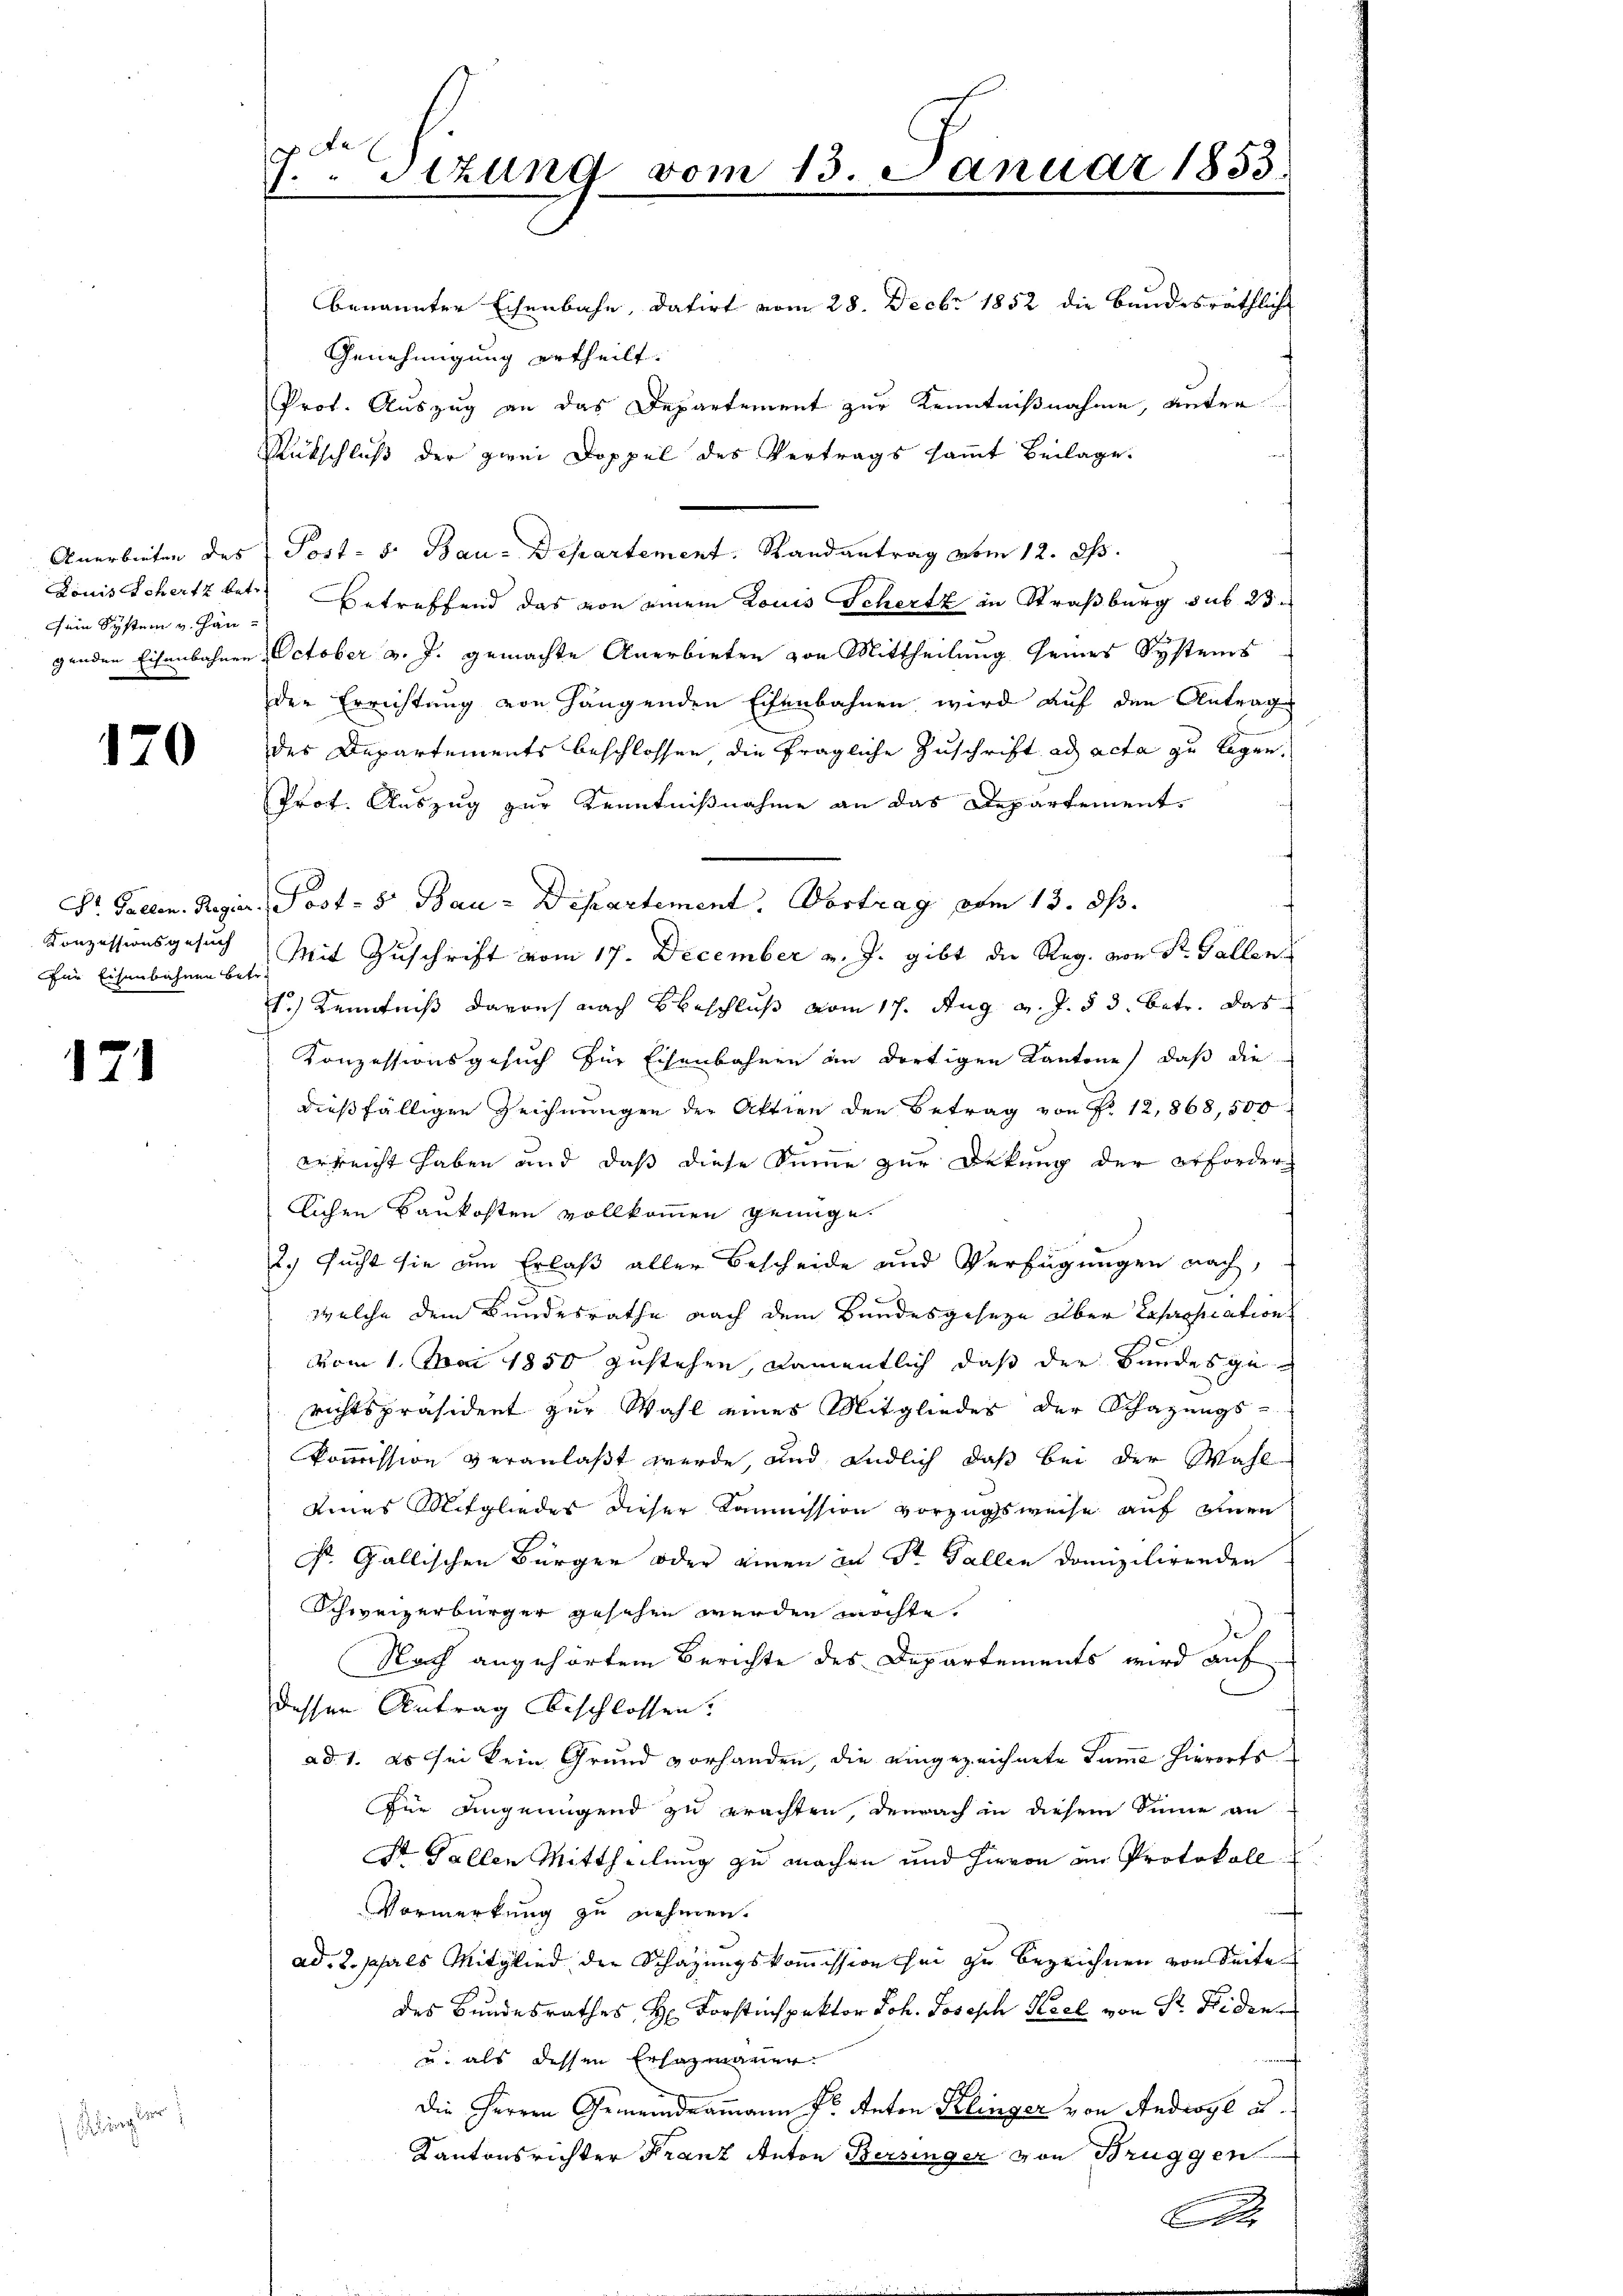
sein System v. Han¬

17

170

Für Eisenbahnen betr.

1

Aigler

7. Sizung vom 13. Januar 1853.

benannter Eisenbahn, datirt vom 28. Decbr 1852 die bundesräthliche
Genehmigung ertheilt.
Prot. Auszug an das Departement zur Kenntnißnahme, unter¬
Rutschluß der zwei Doppel des Vertrags sammt Beilage.
Anerbieten des Post- s. Bau-Departement. Randantrag vom 12. d.
Louis Schertz betr. betreffend das von einem Louis Schertz in Straßburg sub 25
genden Eisenbahnen October v. J. gemachte Anerbieten von Mittheilung seines Systems
der Errichtung von hängenden Eisenbahnen wird auf den Antrag
des Departements beschlossen die fragliche Zuschrift ad acta zu legen.
Prot. Auszug zur Kenntnißnahme an das Departement¬
Dr. Gallen. Regier Post- & Bau-Departement. Vortrag vom 13. ds.
Konzessionsgesuch Mit Zuschrift vom 17. December v. J. gibt die Reg. von Sr. Gallen
1.) Kenntniß davon nach beschluß vom 17. Aug. v. J. § 3. Betr. das
Konzessionsgesuch für Eisenbahnen an dortigen Kantone, daß die
dießfälligen Zeichnŭngen der Aktien den Betrag von P. 12,868,500
erreicht haben und daß diese Summe zur Dekung der erforderlichen Baukosten vollkommen genüge.
2. sucht sie am Erlaß aller Bescheide und Verfügungen nach,
welche dem Bundesrathe nach dem Bundesgeseze aber Expropration
vom 1. Mai 1850 zustehen, namentlich daß der Bundesgerichtspräsident zur Wahl eines Mitgliedes der Schazungs-
Kommission veranlaßt werde, und endlich, daß bei der Wahleines Mitgliedes dieser Kommission vorzugsweise auf einen
sr. Gallischen Bürger oder einen in St. Gallen domizilirenden
Schweizerbürger gesehen werden möchte.
Nach angehörtem Berichte des Departements wird auf
dessen Antrag beschlossen.
ad. 1. Es sei kein Grund vorhanden, die eingezeichnete Summe hierorts
für angenügend zu erachten, dennach in diesem Sinne an
St. Gallen Mittheilung zu machen und hievon im Protokoll
Vormerkung zu nehmen.
ad. 2. psals Mitglied der Schazungskommission her zu bezeichnen von Seite
des Bundesrathes H. Forstinspektor Joh. Josisch Keel von Sr. Heiden
af
u. als dessen Erhazmannen.
die Herren Gemeindeammann fr. Anton Klinger von Anderge u.
Kantonsrichter Franz Anton Bersinger von Brüggen
.